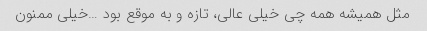
مثل همیشه همه چی خیلی عالی، تازه و به موقع بود …خیلی ممنون